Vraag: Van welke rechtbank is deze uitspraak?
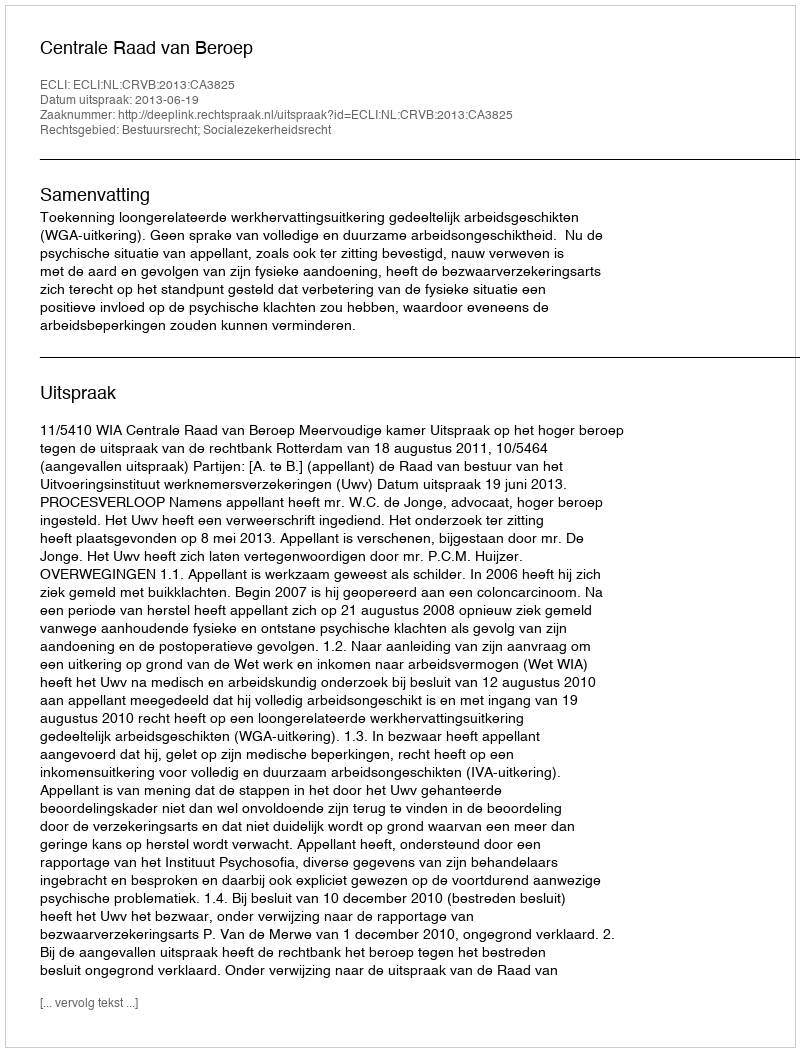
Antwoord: Centrale Raad van Beroep